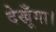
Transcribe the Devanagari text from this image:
देखूँगा।